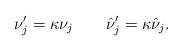
LaTeX: \begin{align*}\nu^\prime_j=\kappa\nu_j\quad\quad \hat \nu^\prime_j=\kappa\hat\nu_j.\end{align*}